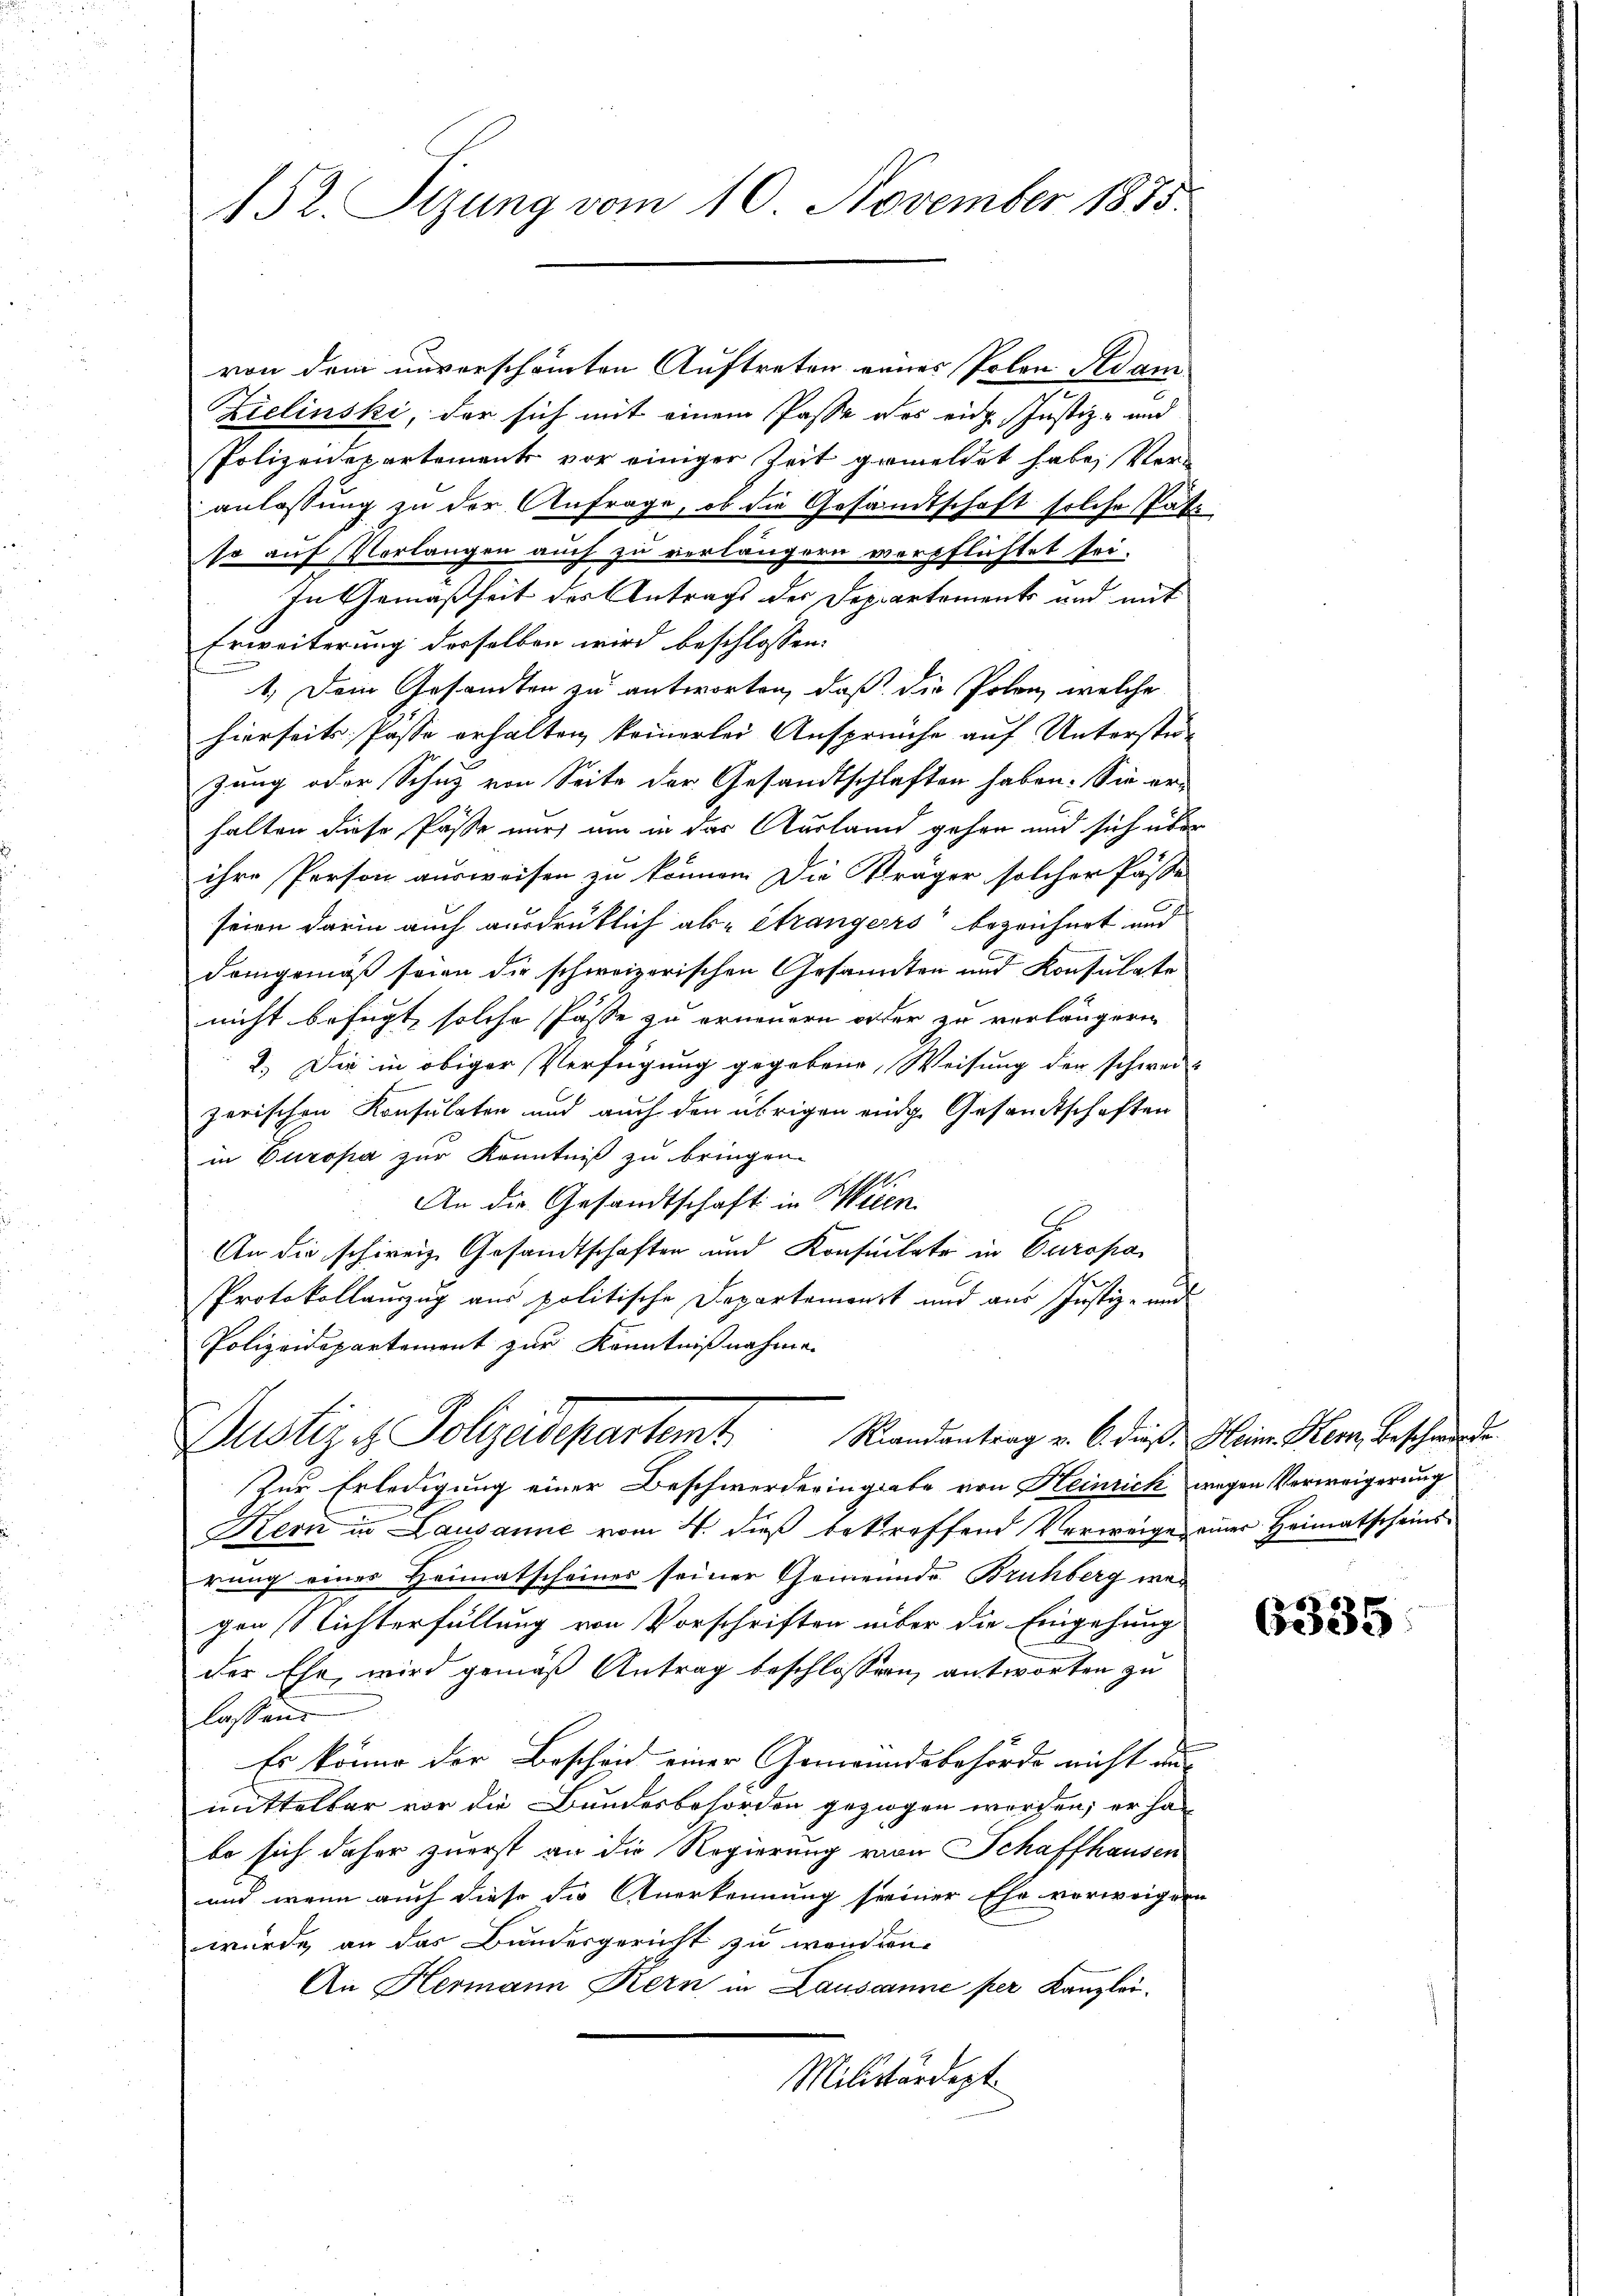
152. Sizung vom 10. November 1875.

Zielinski, der sich mit einem Pässe des eidg. Justiz- und
Polizeidepartemente vor einiger Zeit gemeldet habe, Veranlassung zu der Anfrage, ob die Gesamtschaft solche Pate
so auf Vorlangen auch zu verlängern verpflichtet sei.
In Gemäßheit des Antrags der Departements und mit
Erweiterung desselben wird beschlossen:
1, Dein Gesandten zu antworten, daß die Polen, welche
hierseits Pässe erhalten keinerlei Anspreiche auf Unterstüzung oder Schutz von Seite der Gesandtschlaften haben. Sie erhalten diese Pässe mir, um in das Ausland gehen und sich über
ihre Person ausweisen zu können. Die Träger solcher Pässe
seien darin auch ausdrüklich als étrangers bezeichnet und
demgemäß seien die schweizerischen Gesandten und Konsulate
nicht befugt, solche Pässe zu erneuern oder zu verlängern
2.) Die in obiger Verfügung gegebene, Weisung der schwei-
zerischen Konsulaten und auch den übrigen einge Gesandtschaften
in Europa zur Kenntniß zu bringen.
An die Gesandtschaft in Wien
An die schweiz Gesandtschaften und Konsulate in Europa
Protokollauszug aus politische Departemonst und aus Justiz- und
Polizeidepartement zur Kenntnißnahme.
Randantrag v. 6. dieß Heim Kern, Beschwerde.
Justiz & Polizeidepartamt
Zur Erledigung einer Beschwerderingiabe von Heinrich wegen Verweigerung
Kern in Lausanne vom 4. dieß betreffend Verweige einer Heimatscheinsrung eines Heimatscheiner seiner Gemeinde Bruhberg wegen Nichterfüllung von Vorschriften über die Eingehung
der Ehe, wird gemäß Antrag beschlossen, antworten zu
lassen.
Es könne der Bescheid einer Gemeindebehörde nicht aus
mittelbar vor die Bundesbehörden geziegen worden; er ha
be sich daher zuerst an die Regierung von Schaffhausen
und wenn auch diese die Anerkennung seiner Ehe verweigern
würde, an das Bundesgericht zu wendien
An Hermann Kern in Lausanne per Kanzlei.
Militärdept

von dem unverschämten Auftreten eines Polen Adam

u

6335.